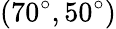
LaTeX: (70^{\circ},50^{\circ})